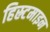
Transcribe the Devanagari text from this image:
हिस्र्टमाइन